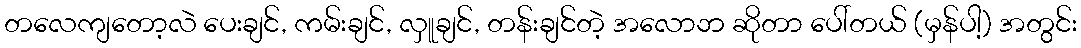
တလေကျတော့လဲ ပေးချင်, ကမ်းချင်, လှူချင်, တန်းချင်တဲ့ အလောဘ ဆိုတာ ပေါ်တယ် (မှန်ပါ့) အတွင်း